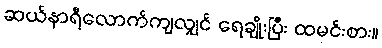
ဆယ်နာရီလောက်ကျလျှင် ရေချိုးပြီး ထမင်းစား။